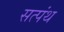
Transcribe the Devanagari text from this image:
सत्पंथ